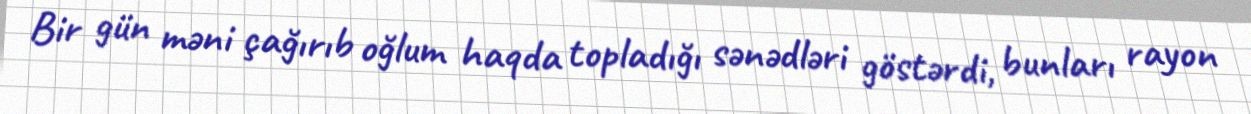
Bir gün məni çağırıb oğlum haqda topladığı sənədləri göstərdi, bunları rayon